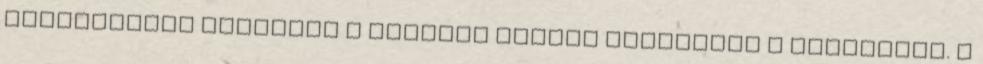
szerencsére hajlandó a kormány kicsit kiherélni a rendszert. A